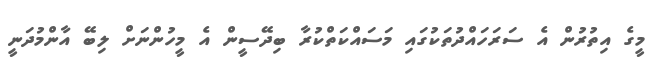
މީގެ އިތުރުން އެ ސަރަހައްދުތަކުގައި މަސައްކަތްކުރާ ބިދޭސީން އެ މީހުންނަށް ލިބޭ އާންމުދަނީ